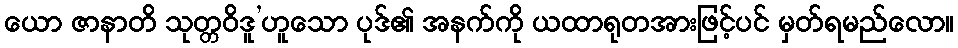
ယော ဇာနာတိ သုတ္တဝိဒူ’ဟူသော ပုဒ်၏ အနက်ကို ယထာရုတအားဖြင့်ပင် မှတ်ရမည်လော။